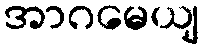
အာဂမေယျ